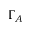
\Gamma _ { A }